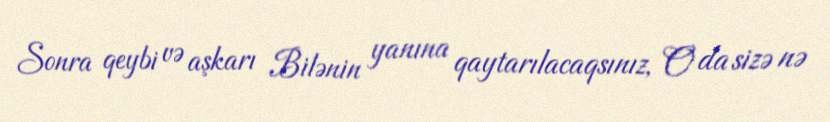
Sonra qeybi və aşkarı Bilənin yanına qaytarılacaqsınız, O da sizə nə